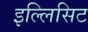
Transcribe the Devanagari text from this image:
इल्लिसिट